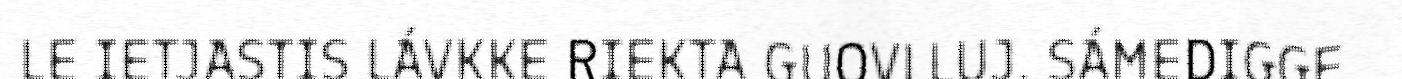
LE IETJASTIS LÁVKKE RIEKTA GUOVLLUJ. SÁMEDIGGE